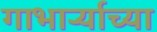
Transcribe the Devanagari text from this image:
गाभार्र्‍याच्या